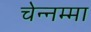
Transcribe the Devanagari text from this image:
चेन्‍नम्‍मा